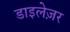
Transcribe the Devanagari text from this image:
डाइलेज़र